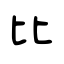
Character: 比